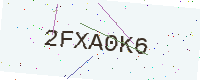
Text: 2FXA0K6